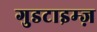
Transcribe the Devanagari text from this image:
गुडटाइम्ज़